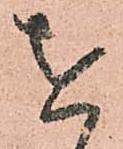
を